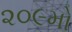
૨૦૯મો